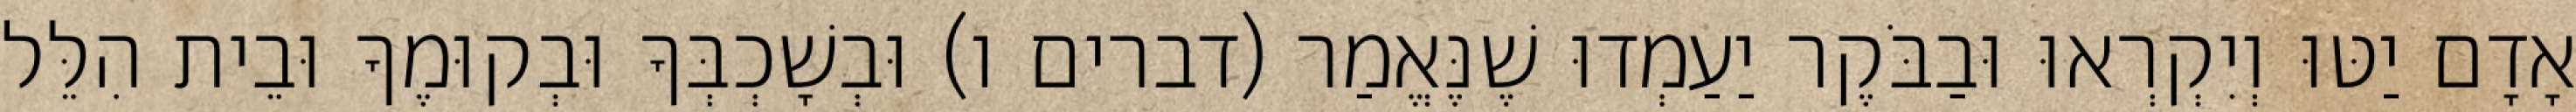
אָדָם יַטּוּ וְיִקְרְאוּ וּבַבֹּקֶר יַעַמְדוּ שֶׁנֶּאֱמַר (דברים ו) וּבְשָׁכְבְּךָ וּבְקוּמֶךָ וּבֵית הִלֵּל